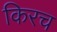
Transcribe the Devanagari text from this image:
किरच